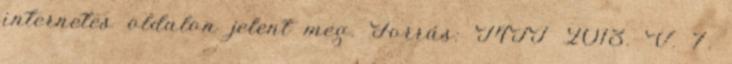
internetes oldalon jelent meg. Forrás: MTI 2013. V. 7.